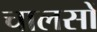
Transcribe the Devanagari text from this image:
चालसों